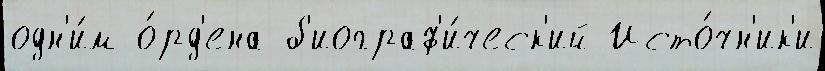
одн'и́м о́рд'ена б'иограф'и́ческ'ий Исто́чн'ик'и